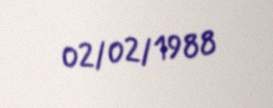
02/02/1988